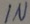
Text: IN